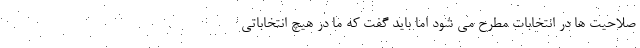
صلاحیت ها در انتخابات مطرح می شود اما باید گفت که ما در هیچ انتخاباتی